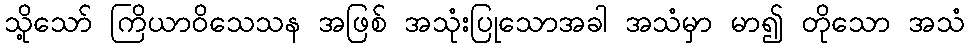
သို့သော် ကြိယာဝိသေသန အဖြစ် အသုံးပြုသောအခါ အသံမှာ မာ၍ တိုသော အသံ